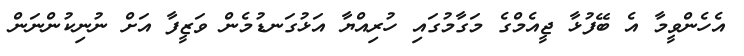
އެހެންވީމާ އެ ބޭފުޅާ ޖީއެމްގެ މަގާމުގައި ހުރިއްޔާ އަޅުގަނޑުމެން ވަޒީފާ އަށް ނުނިކުންނަން